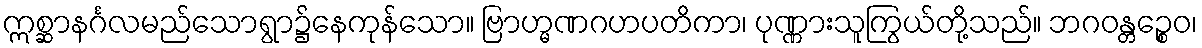
ဣစ္ဆာနင်္ဂလမည်သောရွာ၌နေကုန်သော။ ဗြာဟ္မဏဂဟပတိကာ၊ ပုဏ္ဏားသူကြွယ်တို့သည်။ ဘဂဝန္တဉ္စေဝ၊